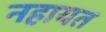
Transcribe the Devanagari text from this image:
नहायत